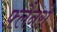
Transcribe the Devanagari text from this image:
फ़्लैनरो